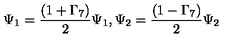
\Psi _ { 1 } = \frac { ( 1 + \Gamma _ { 7 } ) } { 2 } \Psi _ { 1 } , \Psi _ { 2 } = \frac { ( 1 - \Gamma _ { 7 } ) } { 2 } \Psi _ { 2 }